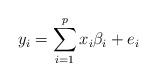
LaTeX: \begin{align*}y_i = \sum_{i=1}^{p}x_i\beta_i + e_i\end{align*}